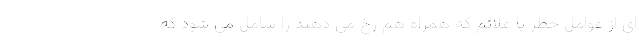
ای از عوامل خطر یا علائم که همراه هم رخ می دهند را شامل می شود که